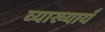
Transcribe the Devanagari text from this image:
व्याख्यायँ